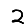
Digit: 2